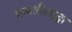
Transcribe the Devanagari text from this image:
बाबतीतसुद्धा